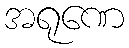
အရုဏေ